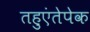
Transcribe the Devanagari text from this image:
तहुएंतेपेक